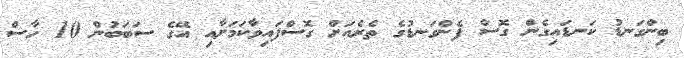
ބިންގަނޑު ކަނޑައިގެން ގޮސް ފެންގަނޑުގެ ތެރެއަށް ގޮސްފައިވާކަމަށާއި އޭގެ ސަބަބުން 10 ހާސް